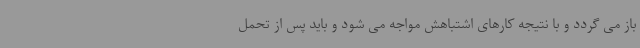
باز می گردد و با نتیجه کارهای اشتباهش مواجه می شود و باید پس از تحمل